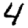
Digit: 4